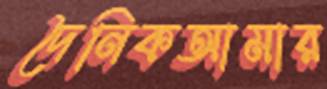
দৈনিকআমার